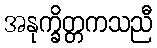
အနုက္ခိတ္တကသညီ